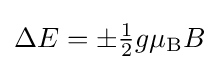
{\textstyle \Delta E=\pm {\frac {1}{2}}g\mu _{\rm {B}}B}